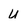
Character: u